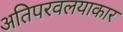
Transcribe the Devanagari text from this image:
अतिपरवलयाकार